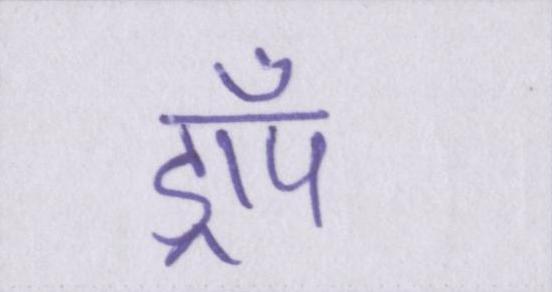
ड्रॉप